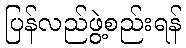
ပြန်လည်ဖွဲ့စည်းရန်